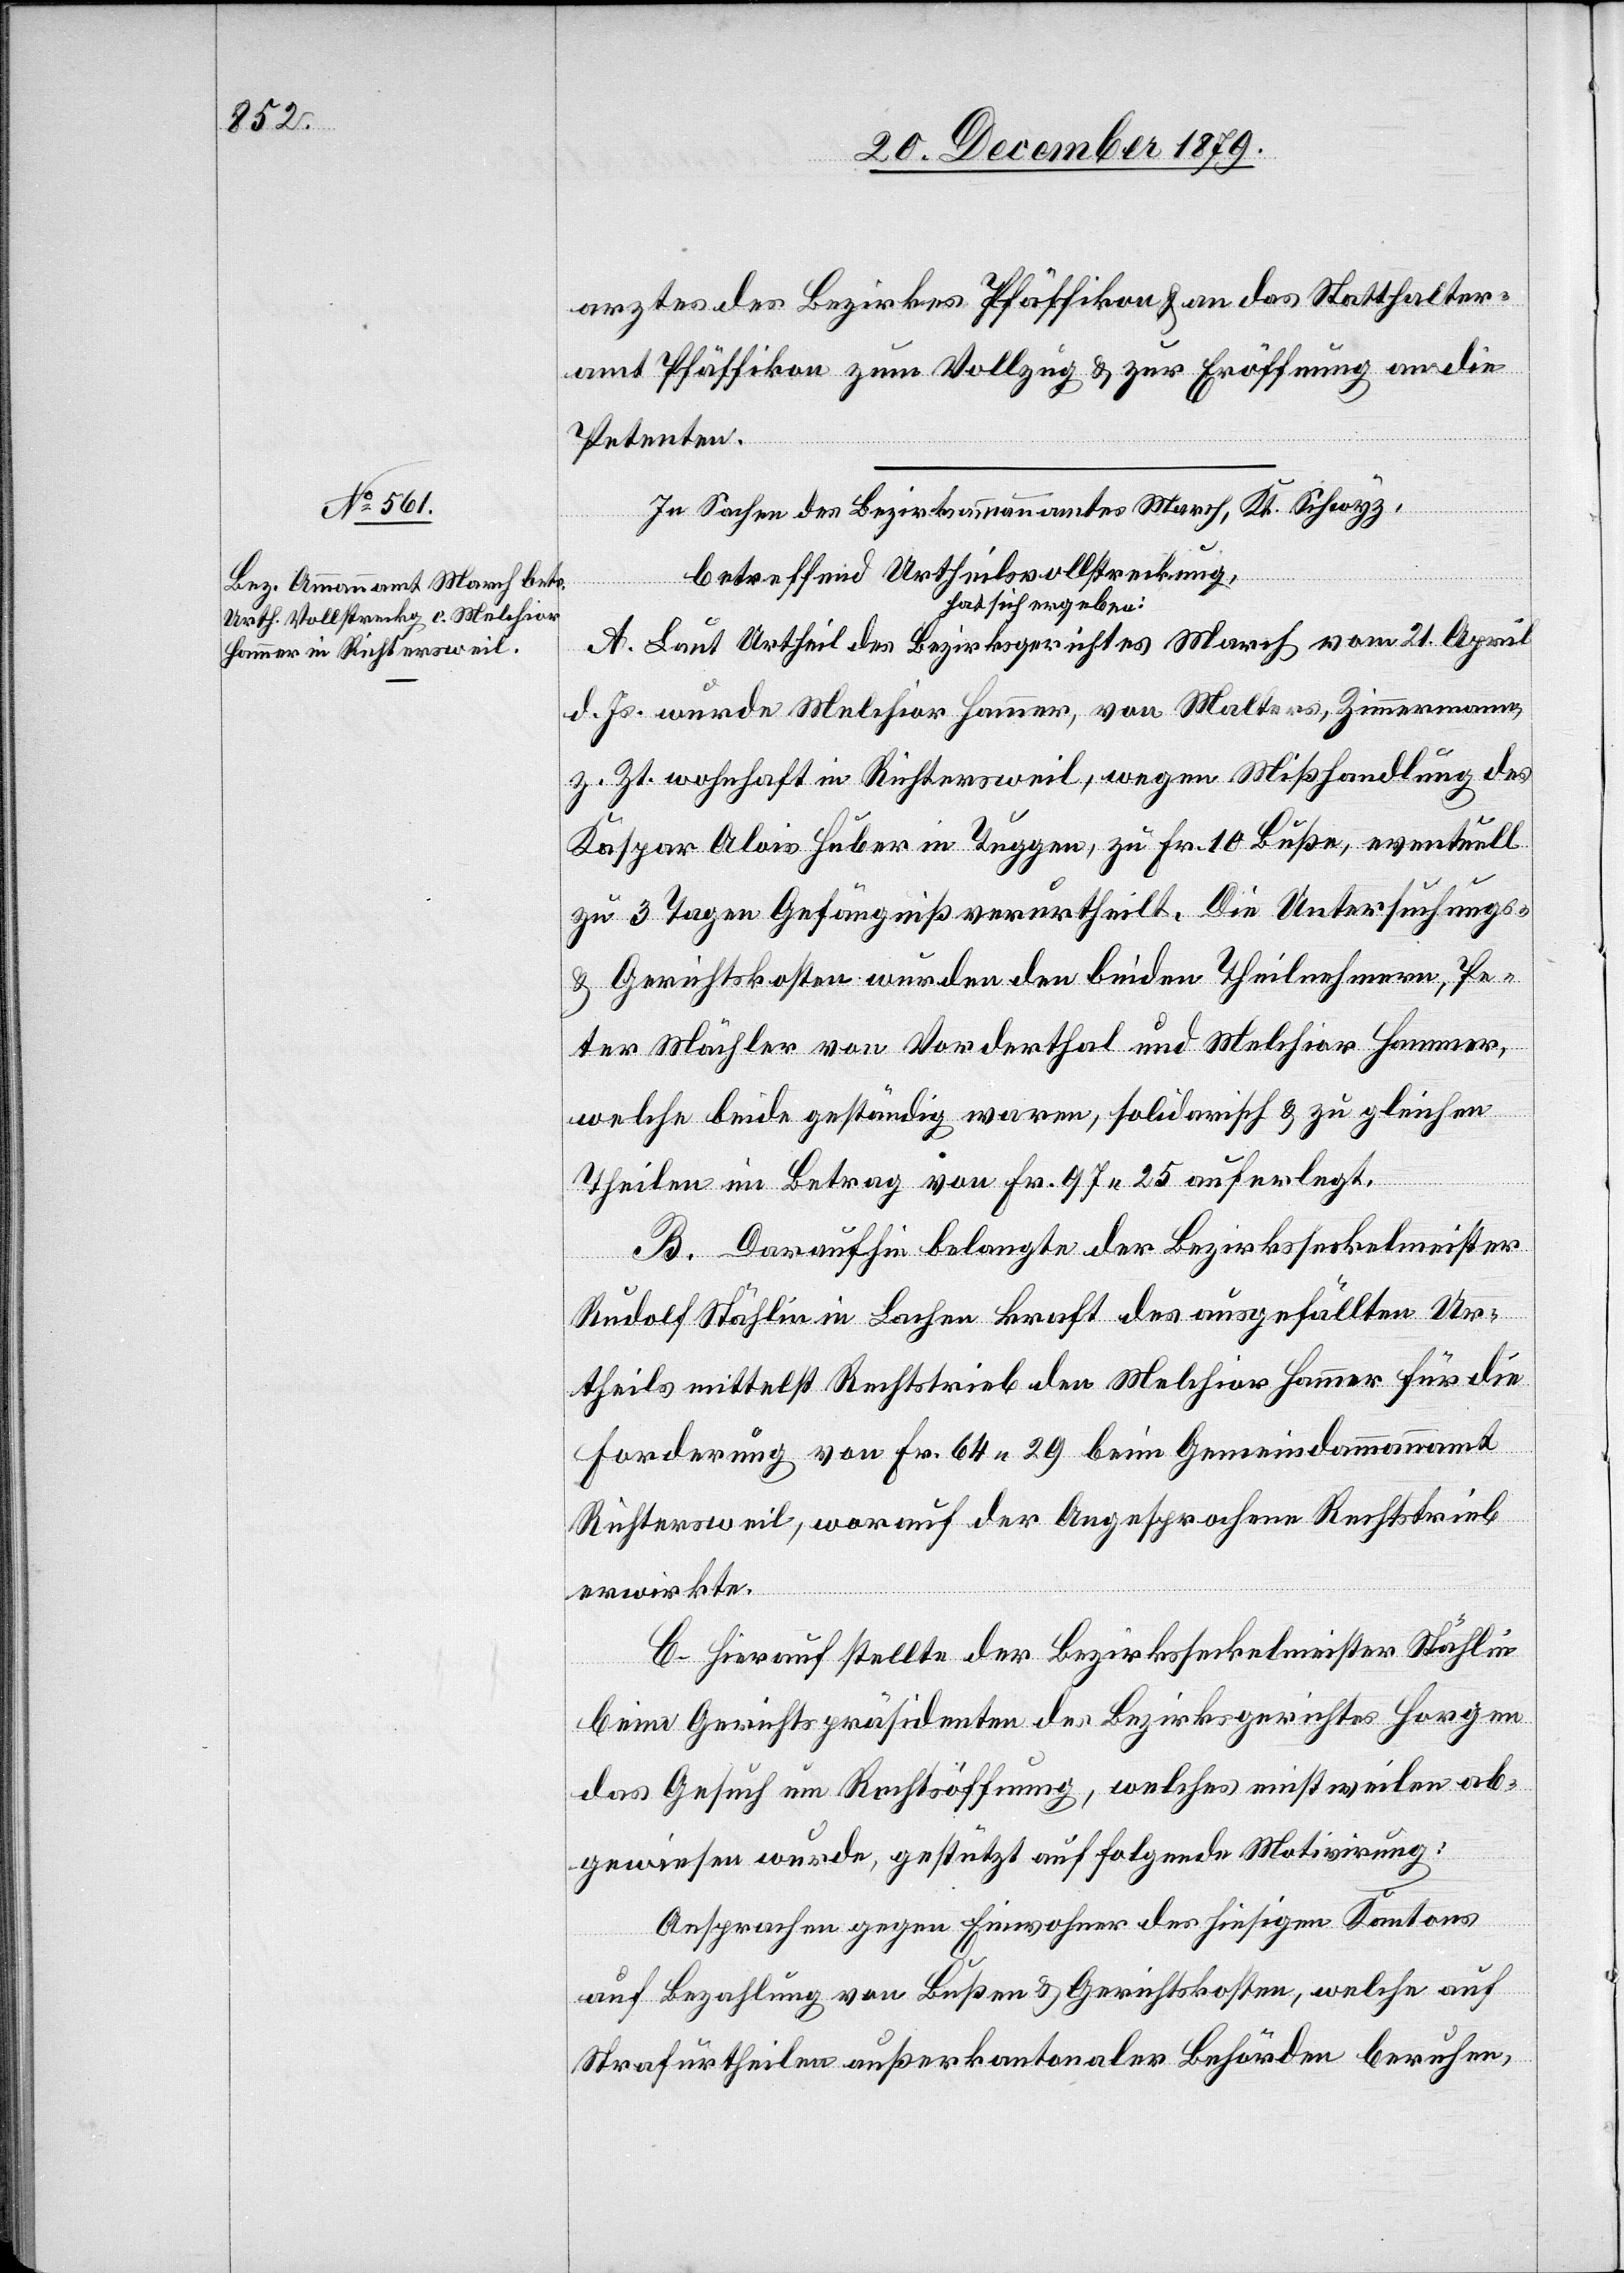
arztes des Bezirkes Pfäffikon & an das Statthalter¬
amt Pfäffikon zum Vollzug & zur Eröffnung an die
Petenten.
In Sachen des Bezirksammannamtes March, Kt. Schwyz,
betreffend Urtheilsvollstreckung,
hat sich ergeben:
A. Laut Urtheil des Bezirksgerichtes March vom 21. April
d. Js. wurde Melchior Hammer, von Malters, Zimmermann,
z. Zt. wohnhaft in Richtersweil, wegen Mißhandlung des
Kaspar Alois Huber in Tuggen, zu Fr. 10 Buße, eventuell
zu 3 Tagen Gefängniß verurtheilt. Die Untersuchungs-
& Gerichtskosten wurden den beiden Theilnehmern, Pe¬
ter Mächler von Vorderthal und Melchior Hammer,
welche beide geständig waren, solidarisch & zu gleichen
Theilen im Betrag von Fr. 97 25 auferlegt.
B. Daraufhin belangte der Bezirksseckelmeister
Rudolf Stählin in Lachen kraft des ausgefällten Ur¬
theils mittelst Rechtstrieb den Melchior Hammer für die
Forderung von Fr. 64 29 beim Gemeindeammannamt
Richtersweil, worauf der Angesprochene Rechtstrieb
erwirkte.
C. Hierauf stellte der Bezirkssekelmeister Stählin
beim Gerichtspräsidenten des Bezirksgerichtes Horgen
das Gesuch um Rechtsöffnung, welches einstweilen ab¬
gewiesen wurde, gestützt auf folgende Motiviriung:
Ansprachen gegen Einwohner des hiesigen Kantons
auf Bezahlung von Bußen & Gerichtskosten, welche auf
Strafurtheilen außerkantonaler Behörden beruhen,